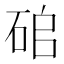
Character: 𥑵